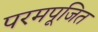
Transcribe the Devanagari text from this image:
परमपूजित